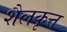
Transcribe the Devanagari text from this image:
शैलकृत्त